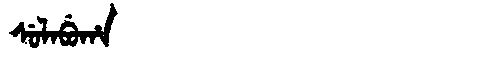
Manchu: ᠰᡠᠯᠠᠪᡠᡥᠠ
Romanization: SULABUHA